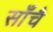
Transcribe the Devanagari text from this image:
साँचै